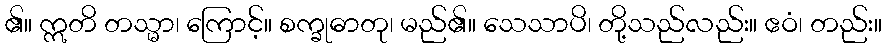
၏။ ဣတိ တသ္မာ၊ ကြောင့်။ စက္ခုဓာတု၊ မည်၏။ သေသာပိ၊ တို့သည်လည်း။ ဧဝံ၊ တည်း။